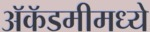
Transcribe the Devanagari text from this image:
अॅकॅडमीमध्ये